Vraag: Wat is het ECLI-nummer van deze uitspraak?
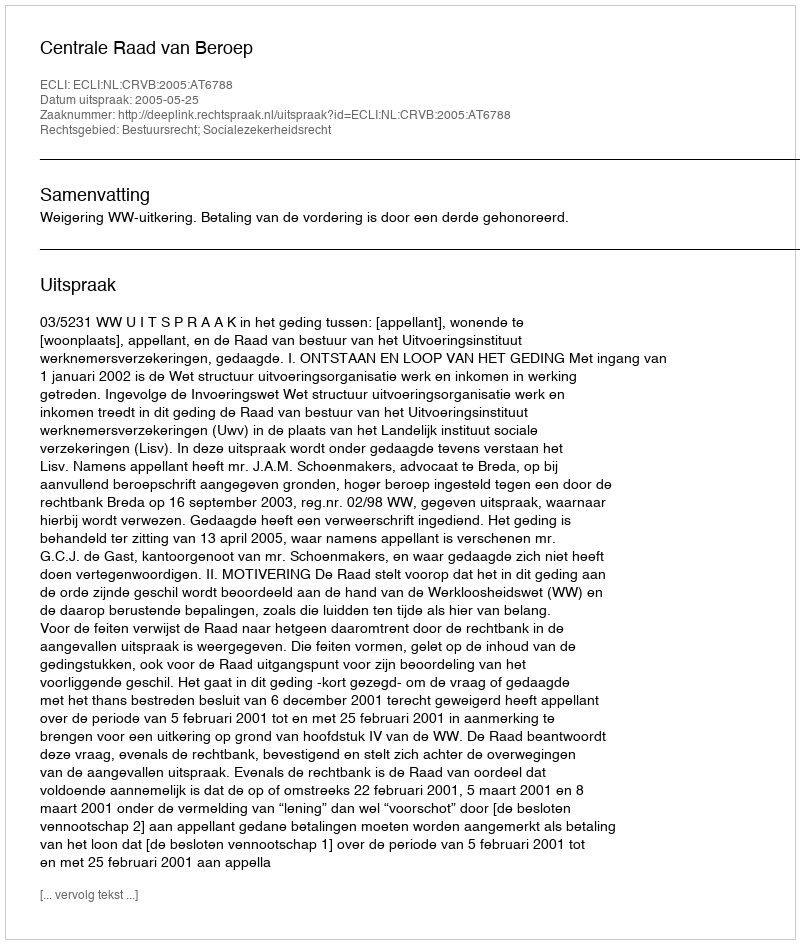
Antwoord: ECLI:NL:CRVB:2005:AT6788